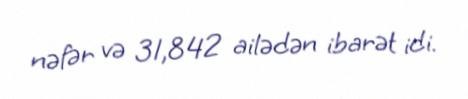
nəfər və 31,842 ailədən ibarət idi.